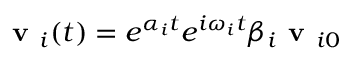
\textbf { v } _ { i } ( t ) = e ^ { \alpha _ { i } t } e ^ { i \omega _ { i } t } \beta _ { i } \textbf { v } _ { i 0 }